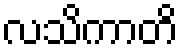
လသိကာတိ